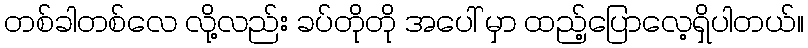
တစ်ခါတစ်လေ လို့လည်း ခပ်တိုတို အပေါ် မှာ ထည့်ပြောလေ့ရှိပါတယ်။